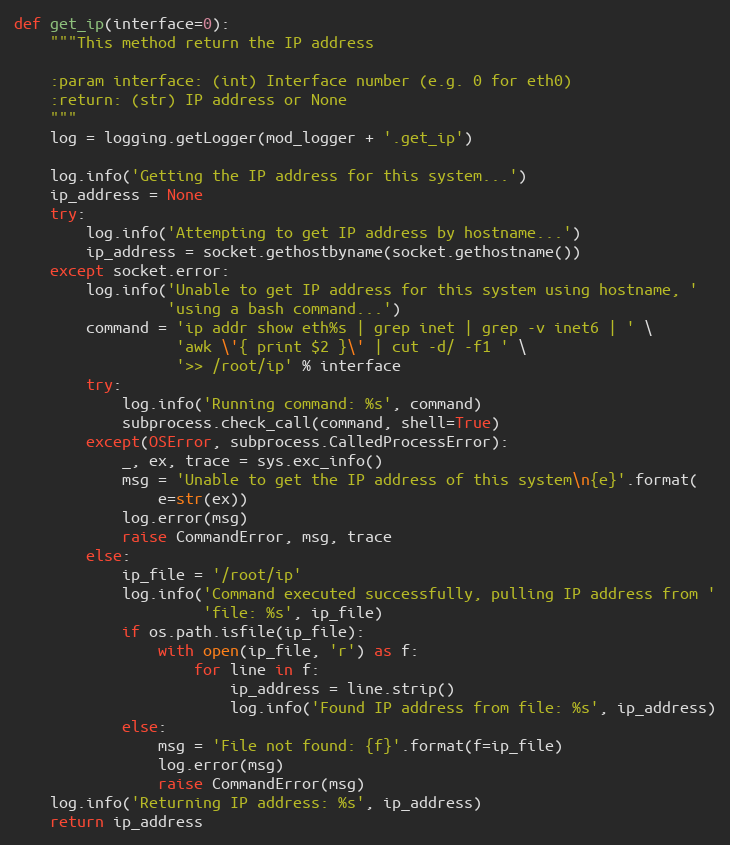
Language: Python
def get_ip(interface=0):
    """This method return the IP address

    :param interface: (int) Interface number (e.g. 0 for eth0)
    :return: (str) IP address or None
    """
    log = logging.getLogger(mod_logger + '.get_ip')

    log.info('Getting the IP address for this system...')
    ip_address = None
    try:
        log.info('Attempting to get IP address by hostname...')
        ip_address = socket.gethostbyname(socket.gethostname())
    except socket.error:
        log.info('Unable to get IP address for this system using hostname, '
                 'using a bash command...')
        command = 'ip addr show eth%s | grep inet | grep -v inet6 | ' \
                  'awk \'{ print $2 }\' | cut -d/ -f1 ' \
                  '>> /root/ip' % interface
        try:
            log.info('Running command: %s', command)
            subprocess.check_call(command, shell=True)
        except(OSError, subprocess.CalledProcessError):
            _, ex, trace = sys.exc_info()
            msg = 'Unable to get the IP address of this system\n{e}'.format(
                e=str(ex))
            log.error(msg)
            raise CommandError, msg, trace
        else:
            ip_file = '/root/ip'
            log.info('Command executed successfully, pulling IP address from '
                     'file: %s', ip_file)
            if os.path.isfile(ip_file):
                with open(ip_file, 'r') as f:
                    for line in f:
                        ip_address = line.strip()
                        log.info('Found IP address from file: %s', ip_address)
            else:
                msg = 'File not found: {f}'.format(f=ip_file)
                log.error(msg)
                raise CommandError(msg)
    log.info('Returning IP address: %s', ip_address)
    return ip_address